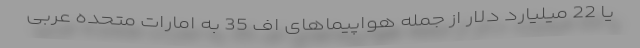
یا 22 میلیارد دلار از جمله هواپیماهای اف 35 به امارات متحده عربی